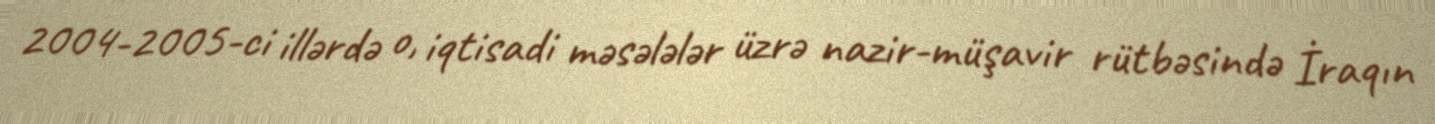
2004-2005-ci illərdə o, iqtisadi məsələlər üzrə nazir-müşavir rütbəsində İraqın